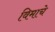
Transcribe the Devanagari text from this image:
विमाचे